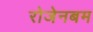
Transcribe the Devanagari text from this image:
रोजेनबम